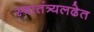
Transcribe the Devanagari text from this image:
स्वातंत्र्यलढेत